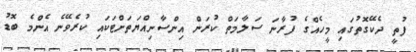
ފުތީ ދެކޭގޮތުގައި މީހެއްގެ ފުރާނަ ސަލާމަތް ކުރަން އިންސާނިއްޔަތަށްޓަކައި ކުރެވޭނެ އެންމެ ބޮޑު